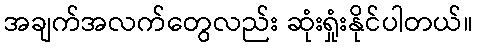
အချက်အလက်တွေလည်း ဆုံးရှုံးနိုင်ပါတယ်။